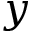
y